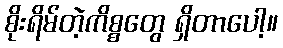
စိုးရိမ်တဲ့ကိစ္စတွေ ရှိတာပေါ့။